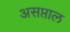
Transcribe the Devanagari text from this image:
असप्ताल